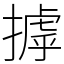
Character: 摢